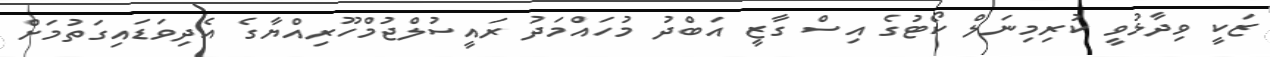
ޒަކީ ވިދާޅުވީ ކުރިމިނަލް ކޯޓުގެ އިސް ގާޒީ އަބްދު މުހައްމަދު ރައީސުލްޖުމްހޫރިއްޔާގެ އެދިވަޑައިގަތުމަށް